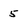
Character: 5